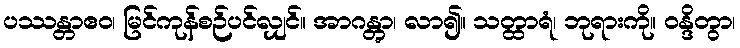
ပဿန္တာဧဝ၊ မြင်ကုန်စဉ်ပင်လျှင်။ အာဂန္တွာ၊ လာ၍။ သတ္ထာရံ၊ ဘုရားကို။ ဝန္ဒိတွာ၊